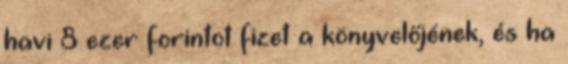
havi 8 ezer forintot fizet a könyvelőjének, és ha